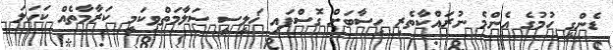
ޑެންގީ ހުމުގެ އެންމެ ނުރައްކާތެރި ހިސާބަށް ގޮސްފައި ޚަލީސީ ސަލާމަތްވިކަމީ ކަރާމާތެއް ކަހަލަ